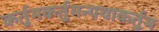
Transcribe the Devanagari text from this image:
कर्तुमकर्तुमन्यथाकर्तुम